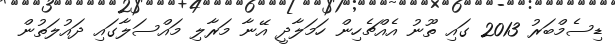
ޑިސެމްބަރު 2013 ގައި ތޫނު އެއްޗެހިން ހަމަލާދީ އޭނާ މަރާލި މައްސަލާގައި ދައުލަތުން